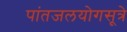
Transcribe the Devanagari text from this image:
पांतजलयोगसूत्रे